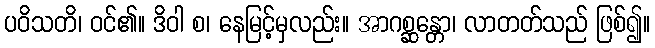
ပဝိသတိ၊ ဝင်၏။ ဒိဝါ စ၊ နေမြင့်မှလည်း။ အာဂစ္ဆန္တော၊ လာတတ်သည် ဖြစ်၍။